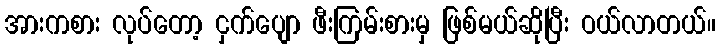
အားကစား လုပ်တော့ ငှက်ပျော ဖီးကြမ်းစားမှ ဖြစ်မယ်ဆိုပြီး ဝယ်လာတယ်။